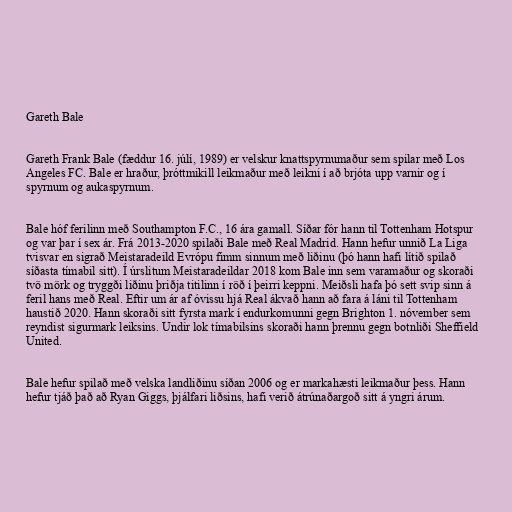
Gareth Bale

Gareth Frank Bale (fæddur 16. júlí, 1989) er velskur knattspyrnumaður sem spilar með Los
Angeles FC. Bale er hraður, þróttmikill leikmaður með leikni í að brjóta upp varnir og í
spyrnum og aukaspyrnum.

Bale hóf ferilinn með Southampton F.C., 16 ára gamall. Síðar fór hann til Tottenham Hotspur
og var þar í sex ár. Frá 2013-2020 spilaði Bale með Real Madrid. Hann hefur unnið La Liga
tvisvar en sigrað Meistaradeild Evrópu fimm sinnum með liðinu (þó hann hafi lítið spilað
síðasta tímabil sitt). Í úrslitum Meistaradeildar 2018 kom Bale inn sem varamaður og skoraði
tvö mörk og tryggði liðinu þriðja titilinn í röð í þeirri keppni. Meiðsli hafa þó sett svip sinn á
feril hans með Real. Eftir um ár af óvissu hjá Real ákvað hann að fara á láni til Tottenham
haustið 2020. Hann skoraði sitt fyrsta mark í endurkomunni gegn Brighton 1. nóvember sem
reyndist sigurmark leiksins. Undir lok tímabilsins skoraði hann þrennu gegn botnliði Sheffield
United.

Bale hefur spilað með velska landliðinu síðan 2006 og er markahæsti leikmaður þess. Hann
hefur tjáð það að Ryan Giggs, þjálfari liðsins, hafi verið átrúnaðargoð sitt á yngri árum.